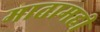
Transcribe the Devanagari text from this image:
मातामही